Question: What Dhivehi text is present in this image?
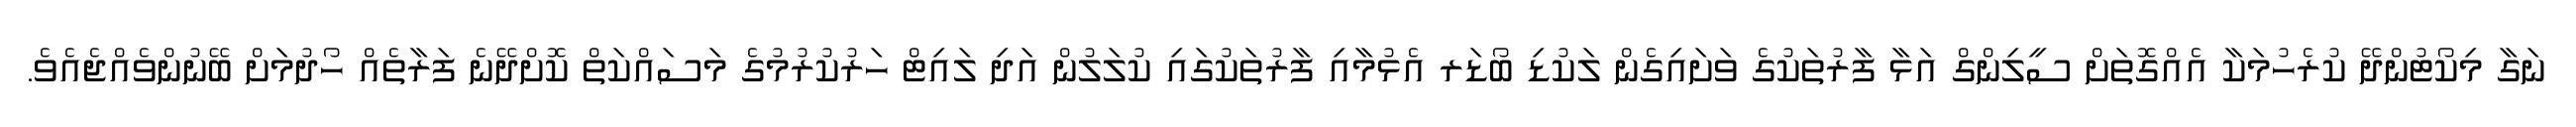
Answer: ނަގާ މިކޯޓުންދޭ ކުރެހުމަކާ އެއްގޮތަށް ސީލިންގް އަޅާ ފާރުތަކުގެ ވަށައިގެން ލަކުޑި ބޯޑަރ އެޅުމާއި ފާރުތަކުގައި ކުލަލުން އަދި ލައިޓް ހަރުކުރުމުގެ މަސައްކަތް ކޮށްދޭނެ ފަރާތެއް ހޯދުމަށް ބޭނުންވެއްޖެއެވެ.